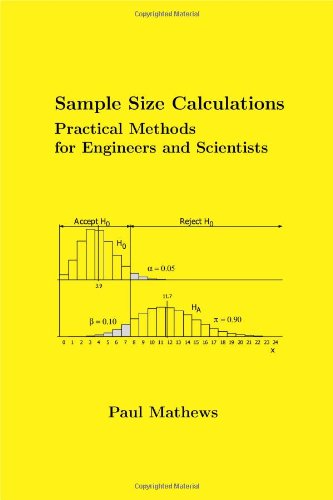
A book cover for Sample Size Calculations: Practical Methods for Engineers and Scientists; Paul Mathews; Science & Math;